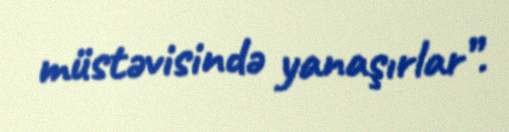
müstəvisində yanaşırlar”.